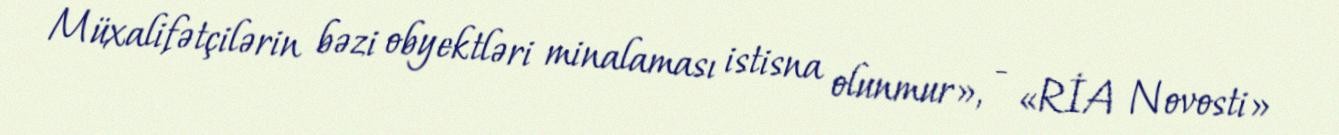
Müxalifətçilərin bəzi obyektləri minalaması istisna olunmur», - «RİA Novosti»